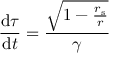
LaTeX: { \frac { \mathrm { { d } } \tau } { \mathrm { { d } } t } } = { \frac { \sqrt { 1 - { \frac { r _ { \mathrm { { s } } } } { r } } } } { \gamma } }